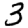
Digit: 3